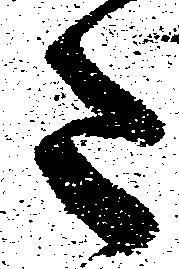
た